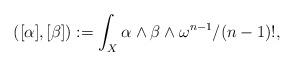
LaTeX: \begin{align*}([\alpha], [\beta]) := \int_{X}\alpha \wedge \beta \wedge \omega^{n-1}/(n-1)!,\end{align*}